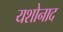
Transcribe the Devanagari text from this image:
यशोनाद